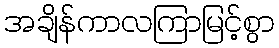
အချိန်ကာလကြာမြင့်စွာ